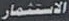
الاستثمار